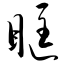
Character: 眶